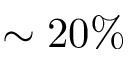
\sim 2 0 \%